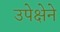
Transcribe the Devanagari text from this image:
उपेक्षेने